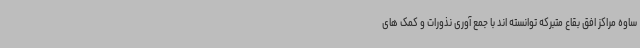
ساوه مراکز افق بقاع متبرکه توانسته اند با جمع آوری نذورات و کمک های